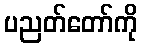
ပညတ်တော်ကို